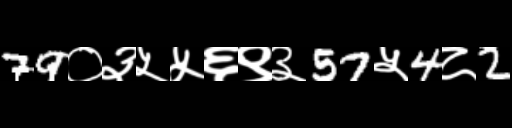
Text: 79०३५५६९३57५4८2